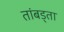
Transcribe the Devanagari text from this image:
तांबड्ता